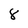
Character: 8